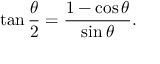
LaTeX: \tan { \frac { \theta } { 2 } } = { \frac { 1 - \cos \theta } { \sin \theta } } .